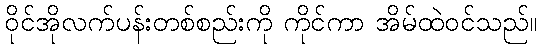
ဝိုင်အိုလက်ပန်းတစ်စည်းကို ကိုင်ကာ အိမ်ထဲဝင်သည်။